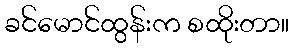
ခင်မောင်ထွန်းက စထိုးတာ။